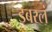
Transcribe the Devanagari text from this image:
डबरलं